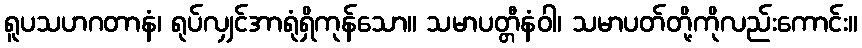
ရူပသဟဂတာနံ၊ ရုပ်လျှင်အာရုံရှိကုန်သော။ သမာပတ္တီနံဝါ၊ သမာပတ်တို့ကိုလည်းကောင်း။